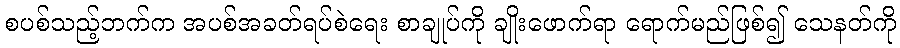
စပစ်သည့်ဘက်က အပစ်အခတ်ရပ်စဲရေး စာချုပ်ကို ချိုးဖောက်ရာ ရောက်မည်ဖြစ်၍ သေနတ်ကို